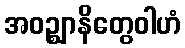
အဝဉ္ဈာနိတွေဝါဟံ